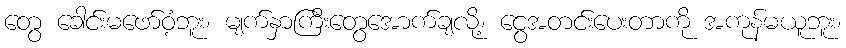
တွေ ခေါင်းမဖော်ဝံ့ဘူး၊ မျက်နှာကြီးတွေအောက်ချလို့၊ ငွေအတင်းပေးတာကို အကုန်မယူဘူး၊